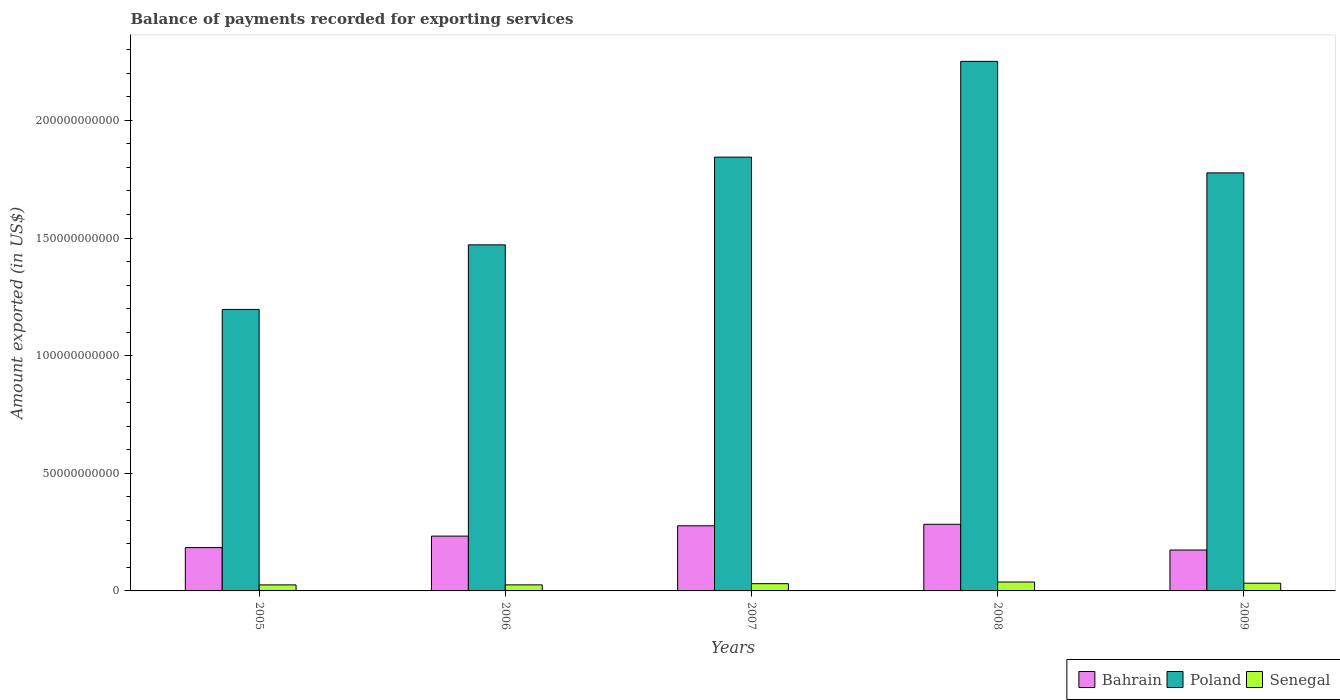
| Years | Bahrain | Poland | Senegal |
 | --- | --- | --- | --- |
 | 2005 | 1.84e+10 | 1.2e+11 | 2.56e+09 |
 | 2006 | 2.33e+10 | 1.47e+11 | 2.58e+09 |
 | 2007 | 2.77e+10 | 1.84e+11 | 3.08e+09 |
 | 2008 | 2.83e+10 | 2.25e+11 | 3.78e+09 |
 | 2009 | 1.74e+10 | 1.78e+11 | 3.29e+09 |